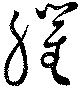
臞